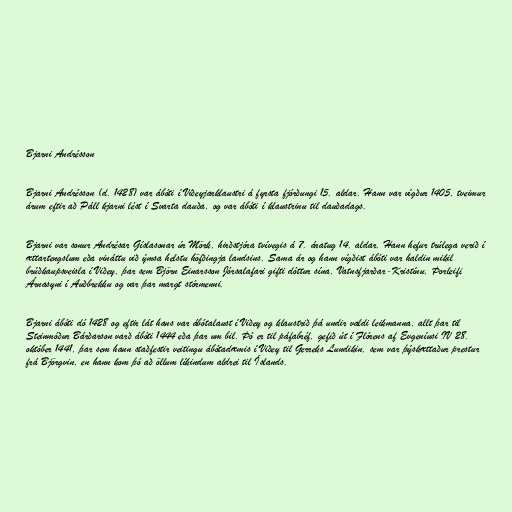
Bjarni Andrésson

Bjarni Andrésson (d. 1428) var ábóti í Viðeyjarklaustri á fyrsta fjórðungi 15. aldar. Hann var vígður 1405, tveimur
árum eftir að Páll kjarni lést í Svarta dauða, og var ábóti í klaustrinu til dauðadags.

Bjarni var sonur Andrésar Gíslasonar úr Mörk, hirðstjóra tvívegis á 7. áratug 14. aldar. Hann hefur trúlega verið í
ættartengslum eða vináttu við ýmsa helstu höfðingja landsins. Sama ár og hann vígðist ábóti var haldin mikil
brúðkaupsveisla í Viðey, þar sem Björn Einarsson Jórsalafari gifti dóttur sína, Vatnsfjarðar-Kristínu, Þorleifi
Árnasyni í Auðbrekku og var þar margt stórmenni.

Bjarni ábóti dó 1428 og eftir lát hans var ábótalaust í Viðey og klaustrið þá undir valdi leikmanna, allt þar til
Steinmóður Bárðarson varð ábóti 1444 eða þar um bil. Þó er til páfabréf, gefið út í Flórens af Evgeníusi IV 28.
október 1441, þar sem hann staðfestir veitingu ábótadæmis í Viðey til Gerreks Lundikin, sem var þýskættaður prestur
frá Björgvin, en hann kom þó að öllum líkindum aldrei til Íslands.